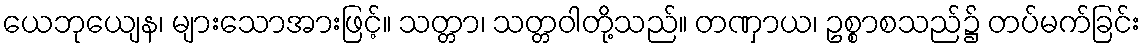
ယေဘုယျေန၊ များသောအားဖြင့်။ သတ္တာ၊ သတ္တဝါတို့သည်။ တဏှာယ၊ ဥစ္စာစသည်၌ တပ်မက်ခြင်း